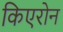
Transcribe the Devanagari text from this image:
किएरोन